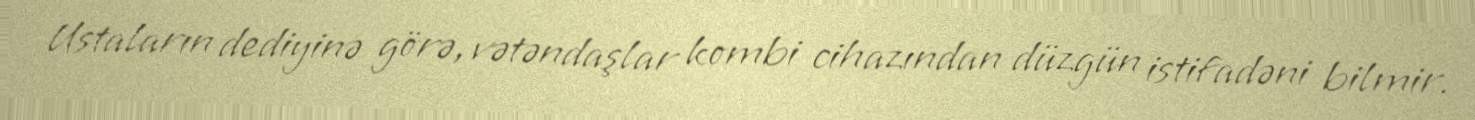
Ustaların dediyinə görə, vətəndaşlar kombi cihazından düzgün istifadəni bilmir.